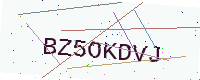
Text: BZ5OKDVJ